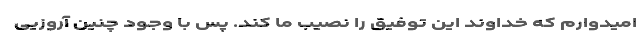
امیدوارم که خداوند این توفیق را نصیب ما کند. پس با وجود چنین آروزیی